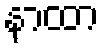
နာထာ